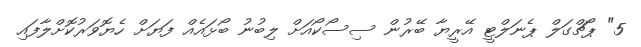
5" ޕޯޗްގަލް ޕެނަލްޓީ އޭރީޔާ ބޭރުން ސިސޯކޯއަށް ލިބުނު ބޯޅައެއް ފަޔަށް ހެޔޮވަރުކޮށްލާފައި